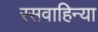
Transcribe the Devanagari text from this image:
रसवाहिन्या